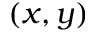
\left( x , y \right)